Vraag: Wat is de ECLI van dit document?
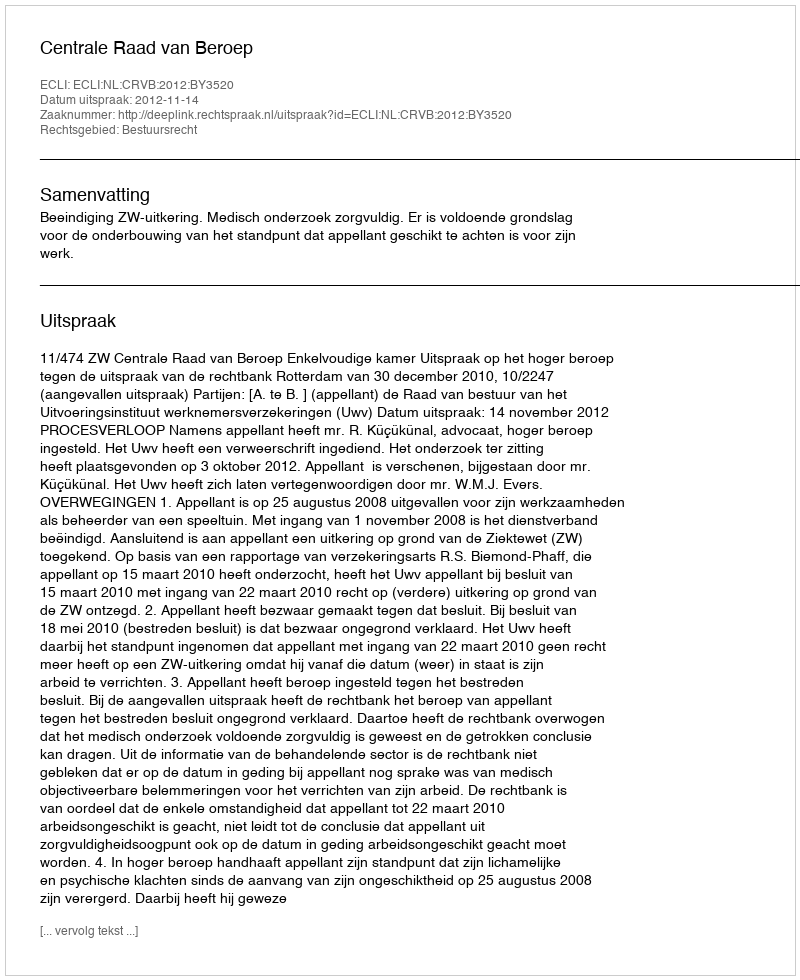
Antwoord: ECLI:NL:CRVB:2012:BY3520